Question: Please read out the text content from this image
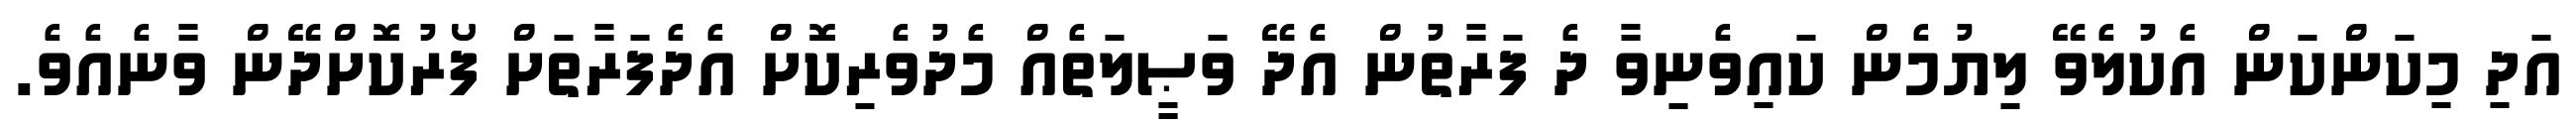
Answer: އަދި މިކަންކަން އެކުލެވޭ ލިޔުމެން ކައިވެނިވާ ދެ ފަރާތުން އެދޭ ވަޞީލަތެއް މެދުވެރިކޮށް އެދެފަރާތަށް ފޯރުކޮށްދޭން ވާނެއެވެ.